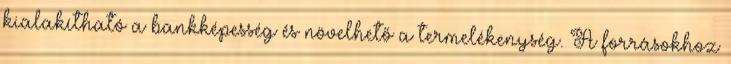
kialakítható a bankképesség és növelhető a termelékenység. A forrásokhoz